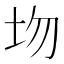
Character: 圽